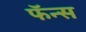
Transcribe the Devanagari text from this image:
फॅन्स